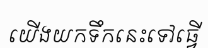
យើងយកទឹកនេះទៅធ្វើ